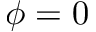
\phi = 0